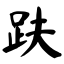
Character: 趺